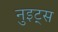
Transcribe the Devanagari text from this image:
नुइट्स